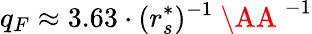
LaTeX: q_{F}\approx 3.63\cdot(r_{s}^{*})^{-1}\mathrm{~\AA~}^{-1}